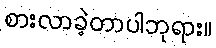
စားလာခဲ့တာပါဘုရား။